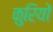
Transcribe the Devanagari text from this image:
कुरियों